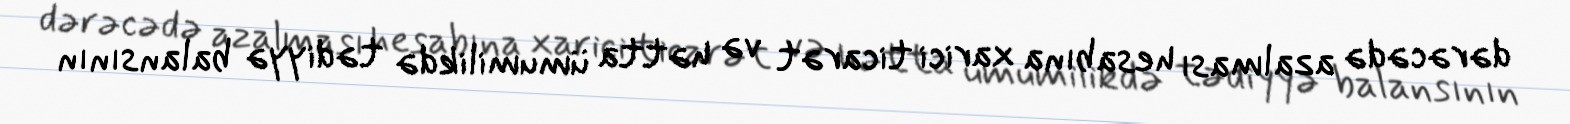
dərəcədə azalması hesabına xarici ticarət və hətta ümumilikdə tədiyyə balansının